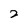
Character: 2